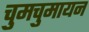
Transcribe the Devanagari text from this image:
चुमचुमायन